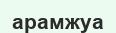
арамжуа